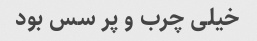
خیلی چرب و پر سس بود